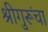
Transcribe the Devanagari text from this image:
श्रीगुरूंचा